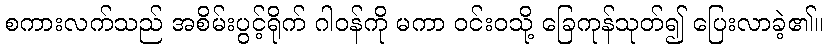
စကားလက်သည် အစိမ်းပွင့်ရိုက် ဂါဝန်ကို မကာ ဝင်းဝသို့ ခြေကုန်သုတ်၍ ပြေးလာခဲ့၏။